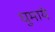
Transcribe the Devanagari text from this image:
घुमाये